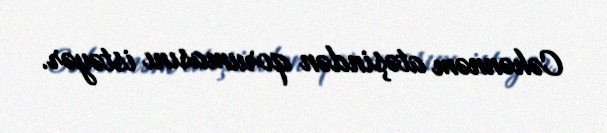
Cəhənnəm atəşindən qorumasını istəyər.